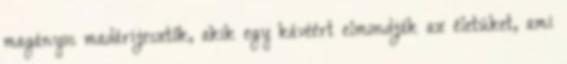
magányos madárijesztők, akik egy kávéért elmondják az életüket, ami